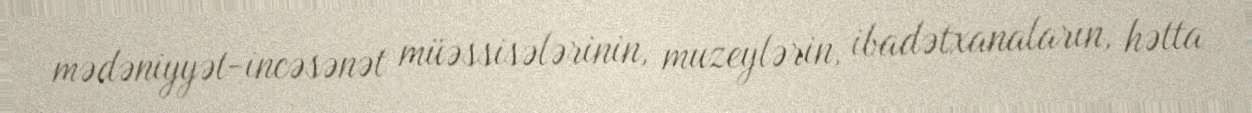
mədəniyyət-incəsənət müəssisələrinin, muzeylərin, ibadətxanaların, hətta